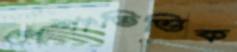
পেশাভিত্তিক